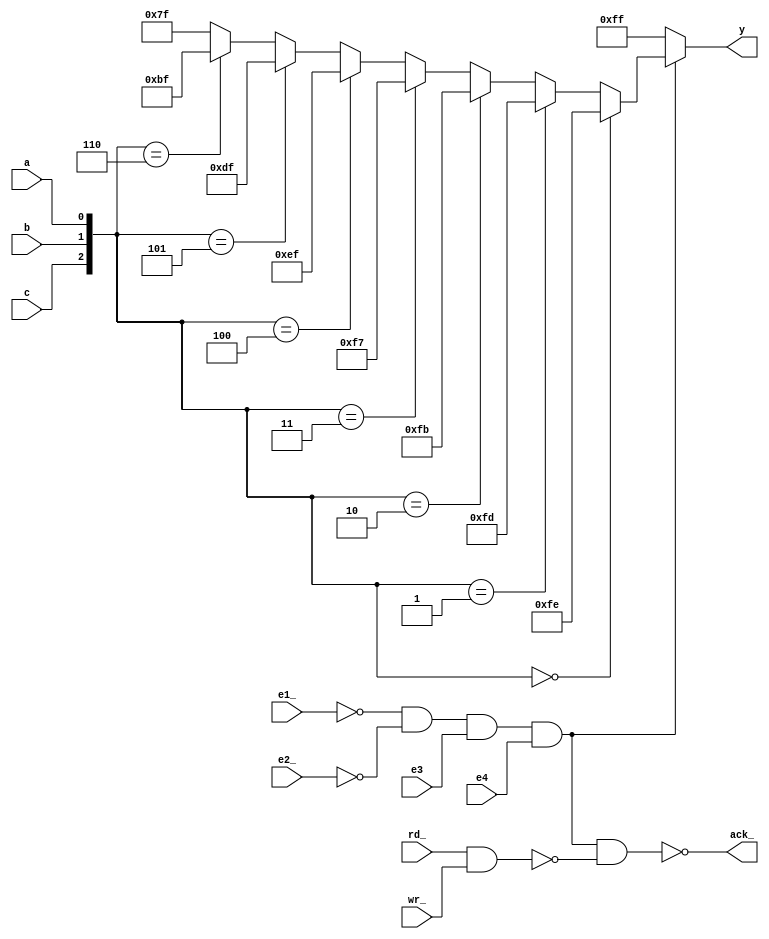
// This code is part of the model collection of AM29xx Bitslice devices
// Copyright (C) 2019  Holger Veit (hveit01@web.de)
//
//    This program is free software; you can redistribute it and/or modify
//    it under the terms of the GNU General Public License as published by
//    the Free Software Foundation; either version 3 of the License, or (at
//    your option) any later version.
//
//    This program is distributed in the hope that it will be useful, but
//    WITHOUT ANY WARRANTY; without even the implied warranty of
//    MERCHANTABILITY or FITNESS FOR A PARTICULAR PURPOSE. See the GNU
//    General Public License for more details.
//
//    You should have received a copy of the GNU General Public License
//    along with this program; if not, see <http://www.gnu.org/licenses/>.
//
//

// AM25LS2548 eight bit decoder/demultiplexer with storage

module am25ls2548(a, b, c, e1_, e2_, e3, e4, rd_, wr_, y, ack_);
input a, b, c;
input e1_, e2_, e3, e4;
input rd_, wr_;
output ack_;
output [7:0] y;

wire [2:0] cba;
wire e, rw;

assign cba = { c, b, a };
assign e = ~e1_ & ~e2_ & e3 & e4;
assign rw = ~(rd_ & wr_);

assign y =  (e=='b0) ? 'b1111_1111 :
            (cba=='b000) ? 'b1111_1110 :
            (cba=='b001) ? 'b1111_1101 :
            (cba=='b010) ? 'b1111_1011 :
            (cba=='b011) ? 'b1111_0111 :
            (cba=='b100) ? 'b1110_1111 :
            (cba=='b101) ? 'b1101_1111 :
            (cba=='b110) ? 'b1011_1111 :
                           'b0111_1111;
assign ack_ = ~(e & rw);

endmodule